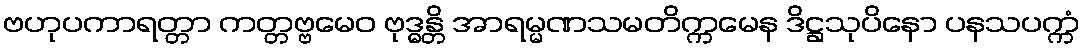
ဗဟုပကာရတ္တာ ကတ္တဗ္ဗမေဝ ဗုဒ္ဓန္တိ အာရမ္မဏသမတိက္ကမေန ဒိဋ္ဌသုပိနော ပနသပက္ကံ